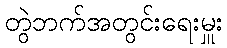
တွဲဘက်အတွင်းရေးမှူး